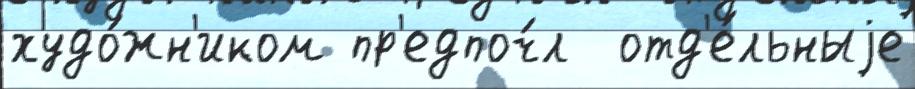
худо́жн'иком пр'едпоч́л  отд'е́льныjе